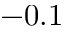
- 0 . 1